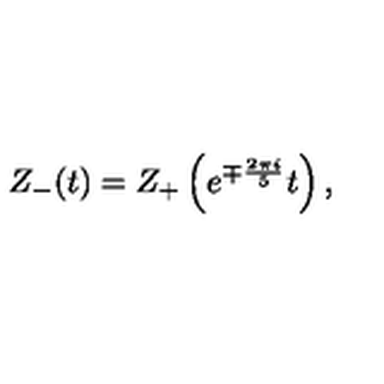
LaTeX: Z _ { - } ( t ) = Z _ { + } \left( e ^ { \mp { \frac { 2 \pi i } { 5 } } } t \right) ,